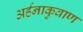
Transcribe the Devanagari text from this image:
अर्हनाकुवाण